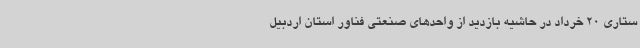
ستاری 20 خرداد در حاشیه بازدید از واحدهای صنعتی فناور استان اردبیل